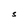
Character: S